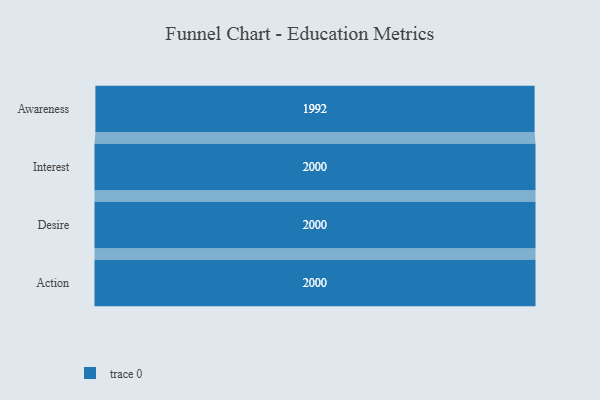
{"axis": {"x": "Stage", "y": "Value"}, "legend": [""], "data": [{"x": "Awareness", "y": 1992.0, "type": ""}, {"x": "Interest", "y": 2000, "type": ""}, {"x": "Desire", "y": 2000, "type": ""}, {"x": "Action", "y": 2000, "type": ""}]}